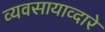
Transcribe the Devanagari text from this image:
व्यवसायाव्दारे